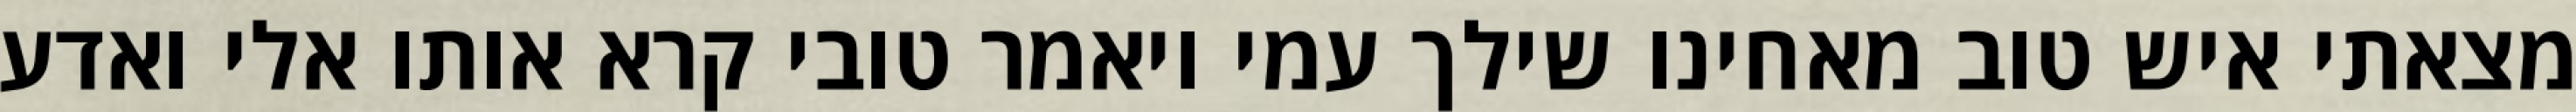
מצאתי איש טוב מאחינו שילך עמי ויאמר טובי קרא אותו אלי ואדע